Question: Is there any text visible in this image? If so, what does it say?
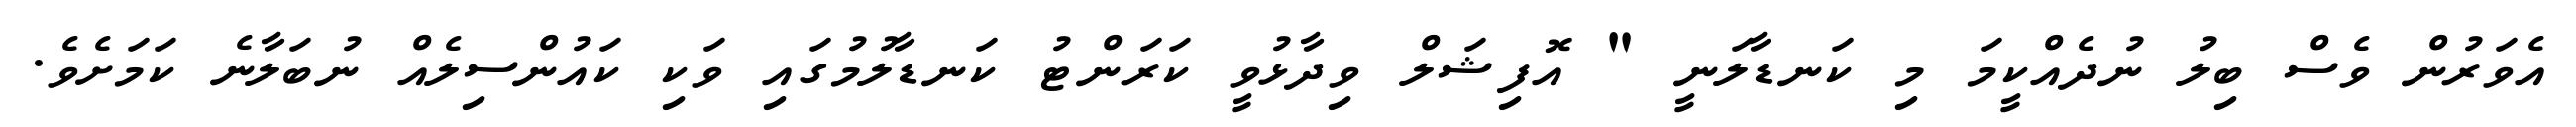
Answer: އެވަރުން ވެސް ބިލު ނުދެއްކީމަ މި ކަނޑާލަނީ " އޮފިޝަލް ވިދާޅުވީ ކަރަންޓު ކަނޑާލުމުގައި ވަކި ކައުންސިލެއް ނުބަލާނެ ކަމަށެވެ.